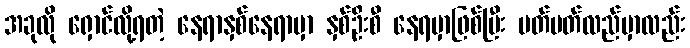
အခုလို ရှောင်လို့ရတဲ့ နေရာနှစ်နေရာမှာ နှစ်ဦးစီ နေရမှာဖြစ်ပြီး ပတ်ပတ်လည်မှာလည်း